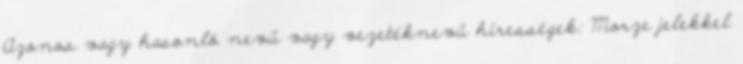
Azonos vagy hasonló nevű vagy vezetéknevű hírességek: Morze jelekkel